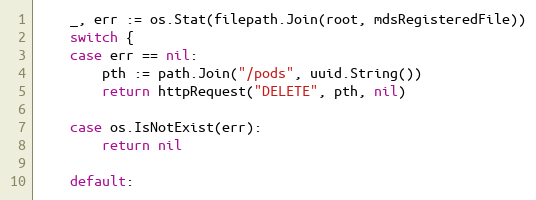
Language: Go
	_, err := os.Stat(filepath.Join(root, mdsRegisteredFile))
	switch {
	case err == nil:
		pth := path.Join("/pods", uuid.String())
		return httpRequest("DELETE", pth, nil)

	case os.IsNotExist(err):
		return nil

	default: